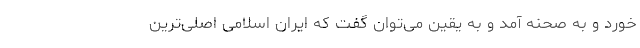
خورد و به صحنه آمد و به یقین می‌توان گفت که ایران اسلامی اصلی‌ترین